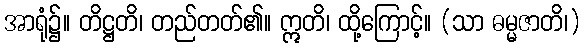
အာရုံ၌။ တိဋ္ဌတိ၊ တည်တတ်၏။ ဣတိ၊ ထို့ကြောင့်။ (သာ ဓမ္မဇာတိ၊)